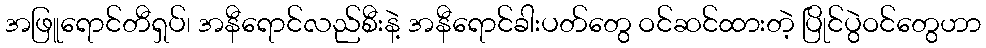
အဖြူရောင်တီရှပ်၊ အနီရောင်လည်စီးနဲ့ အနီရောင်ခါးပတ်တွေ ဝင်ဆင်ထားတဲ့ ပြိုင်ပွဲဝင်တွေဟာ